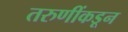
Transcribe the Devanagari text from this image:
तरुणींकडून